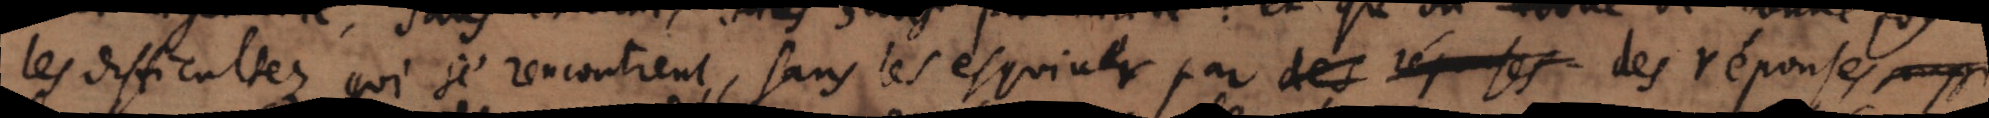
les difficultez qui s’y rencontrent, sans les esquiver par des réponses des respons payen